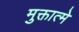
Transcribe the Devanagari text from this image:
मुक्तात्मे